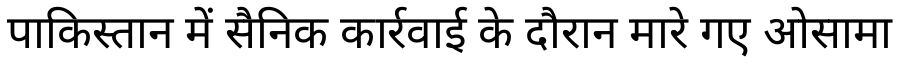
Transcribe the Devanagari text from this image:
पाकिस्तान में सैनिक कार्रवाई के दौरान मारे गए ओसामा